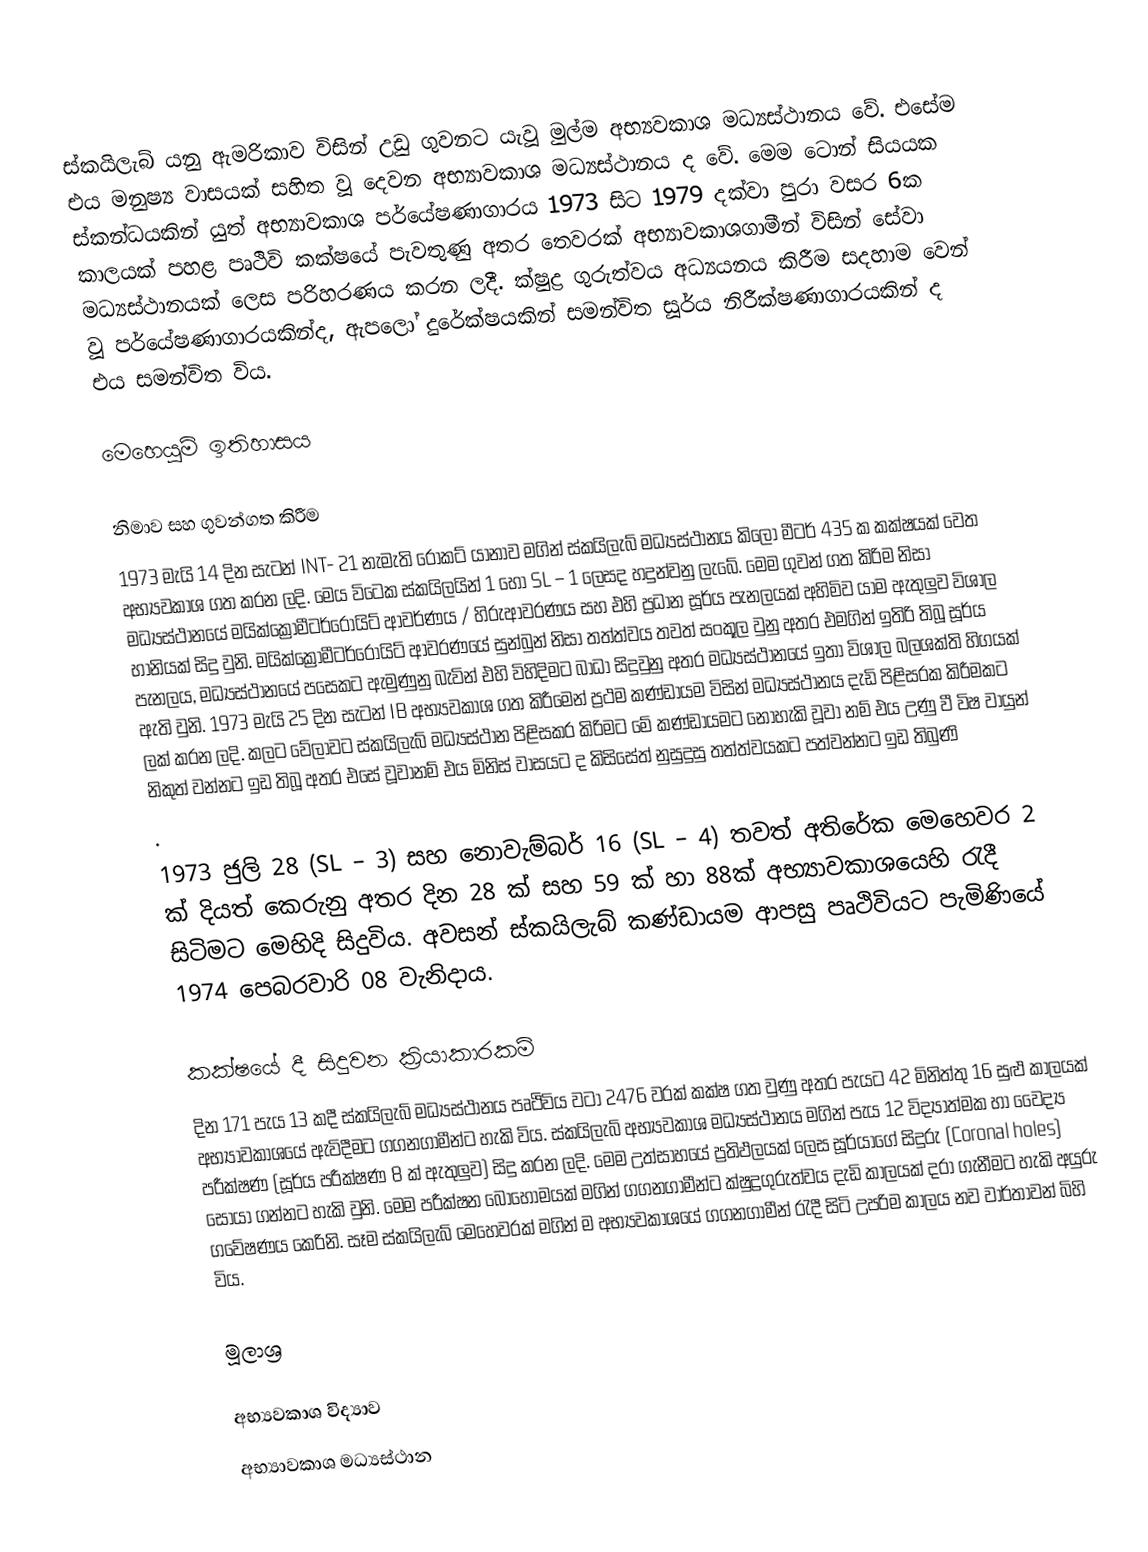
ස්කයිලැබ් යනු ඇමරිකාව විසින් උඩු ගුවනට යැවූ මුල්ම අභ්‍යවකාශ මධ්‍යස්ථානය වේ. එසේම එය මනුෂ්‍ය වාසයක් සහිත වූ දෙවන අභ්‍යාවකාශ මධ්‍යස්ථානය ද වේ. මෙම ටොන් සියයක ස්කන්ධයකින් යුත් අභ්‍යාවකාශ පර්යේෂණාගාරය 1973 සිට 1979 දක්වා පුරා වසර 6ක කාලයක් පහළ පෘථිවි කක්ෂයේ පැවතුණු අතර තෙවරක් අභ්‍යාවකාශගාමීන් විසින් සේවා මධ්‍යස්ථානයක් ලෙස පරිහරණය කරන ලදී. ක්ෂුද්‍ර ගුරුත්වය අධ්‍යයනය කිරීම සදහාම වෙන් වූ පර්යේෂණාගාරයකින්ද, ඇපලෝ දුරේක්ෂයකින් සමන්විත සූර්ය නිරීක්ෂණාගාරයකින් ද එය සමන්විත විය.

මෙහෙයුම් ඉතිහාසය

නිමාව සහ ගුවන්ගත කිරීම
1973  මැයි 14 දින සැටන්  INT- 21  නැමැති රොකට් යානාව මගින් ස්කයිලැබ් මධ්‍යස්ථානය කිලෝ මීටර් 435 ක  කක්ෂයක් වෙත අභ්‍යවකාශ ගත කරන  ලදි. මෙය විටෙක ස්කයිලයින් 1 හෝ  SL – 1 ලෙසද හදුන්වනු ලැබේ. මෙම ගුවන් ගත කිරිම නිසා මධ්‍යස්ථානයේ මයි‍ක්ක්‍රෝමීටර්රොයිට්  ආවර්ණය / හිරුආවරණය සහ එහි ප්‍රධාන සූර්ය පැනලයක් අහිමිව යාම ඇතුලුව විශාල හානියක් සිදු වුනි. මයි‍ක්ක්‍රෝමීටර්රොයිට්  ආවරණයේ සුන්බුන් නිසා තත්ත්වය තවත් සංකූල වුනු අතර  එමගින් ඉතිරි තිබූ සූර්ය පැනලය, මධ්‍යස්ථානයේ පසෙකට ඇමුණුනු බැවින් එහි විහිදිමට බාධා සිදුවුනු අතර මධ්‍යස්ථානයේ ඉතා විශාල බලශක්ති හිගයක් ඇති වුනි. 1973 මැයි 25 දින  සැටන් IB අභ්‍යවකාශ ගත කිරීමෙන් ප්‍රථම කණ්ඩායම විසින් මධ්‍යස්ථානය දැඩි පිළිසරක කිරීමකට ලක් කරන ලදි. කලට වේලාවට ස්කයිලැබ් මධ්‍යස්ථාන පිළිසකර කිරිමට මේ කණ්ඩායමට නොහැකි වූවා නම් එය උණු වී විෂ වායුන් නිකුත් වන්නට ඉඩ තිබූ අතර එසේ වූවානම් එය මිනිස් වාසයට ද කිසිසේත් නුසුදුසු තත්ත්වයකට පත්වන්නට ඉඩ තිබුණි
.
1973 ජුලි 28  (SL – 3) සහ නොවැම්බර් 16 (SL – 4) තවත් අතිරේක මෙහෙවර 2 ක් දියත් කෙරුනු අතර දින 28 ක් සහ 59 ක් හා 88ක් අභ්‍යාවකාශයෙහි රැදී සිටිමට මෙහිදි සිදුවිය. අවසන් ස්කයිලැබ් කණ්ඩායම ආපසු පෘථිවියට පැමිණියේ  1974 පෙබරවාරි 08 වැනිදාය.

කක්ෂයේ දී සිදුවන ක්‍රියාකාරකම්
දින 171 පැය 13 කදී ස්කයිලැබ් මධ්‍යස්ථානය පෘථිවිය වටා 2476 වරක් කක්ෂ ගත වුණු අතර පැයට 42 මිනිත්තු 16 සුළු කාලයක් අභ්‍යාවකාශයේ ඇවිදීමට ගගනගාමීන්ට හැකි විය. ස්කයිලැබ් අභ්‍යවකාශ මධ්‍යස්ථානය මගින් පැය 12 විද්‍යාත්මක හා වෛද්‍ය පරීක්ෂණ (සූර්ය පරීක්ෂණ 8 ක් ඇතුලුව) සිදු කරන ලදි. මෙම උත්සාහයේ ප්‍රතිඵලයක් ලෙස සූර්යාගේ සිදුරු  (Coronal holes) සොයා ගන්නට හැකි වුනි. මෙම පරීක්ෂන බොහොමයක් මගින් ගගනගාමීන්ට ක්ෂුද්‍රගුරුත්වය දැඩි කාලයක් දරා ගැනීමට හැකි අයුරු ගවේෂණය කෙරිනි. සෑම ස්කයිලැබ් මෙහෙවරක් මගින් ම අභ්‍යවකාශයේ ගගනගාමීන් රැදී සිටි උපරිම කාලය නව වාර්තාවන් බිහි විය.

මූලාශ්‍ර

අභ්‍යවකාශ විද්‍යාව
අභ්‍යාවකාශ මධ්‍යස්ථාන